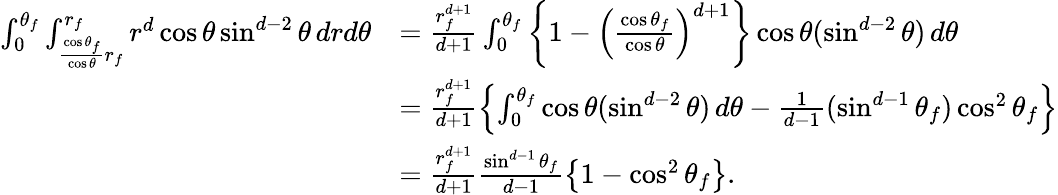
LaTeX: \begin{array}{rl}{\int_{0}^{\theta_{f}}\int_{\frac{\cos\theta_{f}}{\cos\theta}r_{f}}^{r_{f}}r^{d}\cos\theta\sin^{d-2}\theta\, drd\theta}&{=\frac{r_{f}^{d+1}}{d+1}\int_{0}^{\theta_{f}}\left\{ 1-\left(\frac{\cos\theta_{f}}{\cos\theta}\right)^{d+1}\right\} \cos\theta(\sin^{d-2}\theta)\, d\theta}\\ &{=\frac{r_{f}^{d+1}}{d+1}\left\{ \int_{0}^{\theta_{f}}\cos\theta(\sin^{d-2}\theta)\, d\theta-\frac{1}{d-1}(\sin^{d-1}\theta_{f})\cos^{2}\theta_{f}\right\} }\\ &{=\frac{r_{f}^{d+1}}{d+1}\frac{\sin^{d-1}\theta_{f}}{d-1}\left\{ 1-\cos^{2}\theta_{f}\right\} .}\end{array}